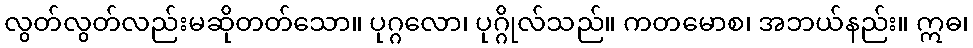
လွတ်လွတ်လည်းမဆိုတတ်သော။ ပုဂ္ဂလော၊ ပုဂ္ဂိုလ်သည်။ ကတမောစ၊ အဘယ်နည်း။ ဣဓ၊